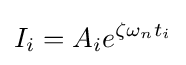
I_{i}=A_{i}e^{\zeta \omega _{n}t_{i}}